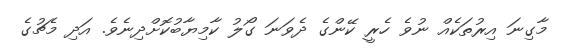
މާގިނަ އިރުތަކެއް ނުވެ ހެރީ ކޭންގެ ދެވަނަ ގޯލު ކާމިޔާބުކޮށްދިނެވެ. އަދި މެޗުގެ